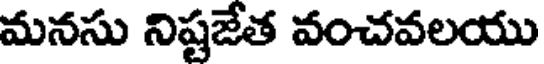
మనసు నిష్టజేత వంచవలయు